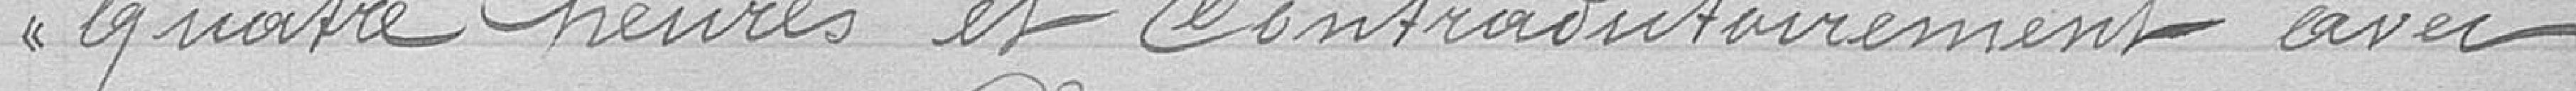
quatre heures et contradictoirement avec